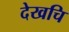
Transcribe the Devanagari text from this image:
देखचि